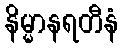
နိမ္မာနရတီနံ